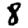
Digit: 8